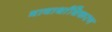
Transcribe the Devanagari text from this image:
भावार्थाधिकरण